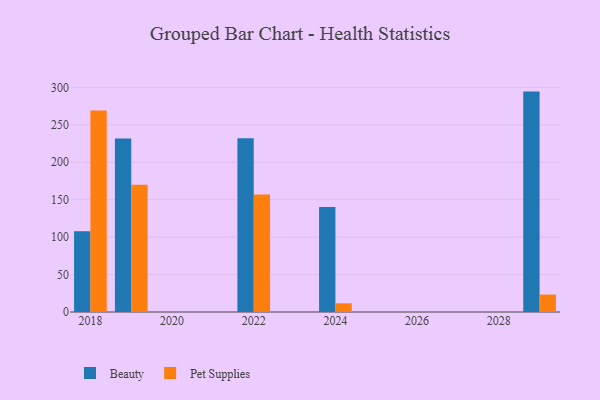
{"axis": {"x": "Year", "y": "Revenue (USD Million)"}, "legend": ["Beauty", "Pet Supplies"], "data": [{"x": "2022", "y": 232.0, "type": "Beauty"}, {"x": "2022", "y": 157.0, "type": "Pet Supplies"}, {"x": "2018", "y": 107.8, "type": "Beauty"}, {"x": "2018", "y": 269.0, "type": "Pet Supplies"}, {"x": "2029", "y": 294.4, "type": "Beauty"}, {"x": "2029", "y": 23.3, "type": "Pet Supplies"}, {"x": "2024", "y": 140.3, "type": "Beauty"}, {"x": "2024", "y": 11.6, "type": "Pet Supplies"}, {"x": "2019", "y": 231.8, "type": "Beauty"}, {"x": "2019", "y": 170.1, "type": "Pet Supplies"}]}